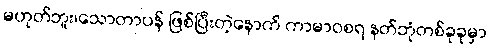
မဟုတ်ဘူး၊သောတာပန် ဖြစ်ပြီးတဲ့နောက် ကာမာဝစရ နတ်ဘုံတစ်ခုခုမှာ